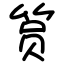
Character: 筼